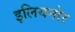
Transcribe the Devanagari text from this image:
इलियनोर